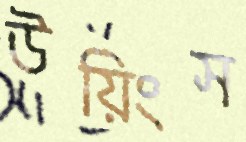
উয়িংস